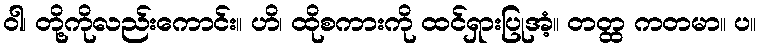
ဝါ၊ တို့ကိုလည်းကောင်း။ ဟိ၊ ထိုစကားကို ထင်ရှားပြုအံ့။ တတ္ထ ကတမာ။ ပ။